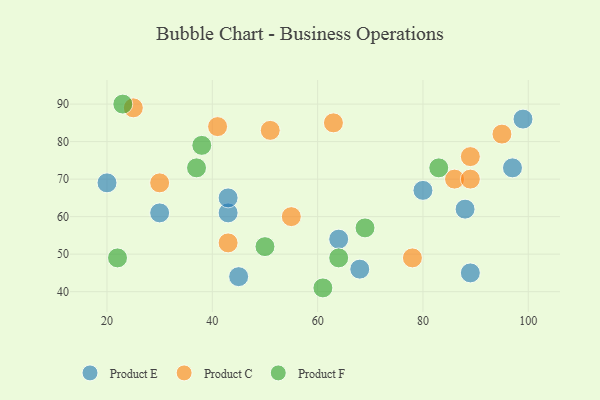
{"axis": {"x": "GDP", "y": "Life Expectancy"}, "legend": ["Product C", "Product E", "Product F"], "data": [{"x": "64", "y": 54, "type": "Product E"}, {"x": "99", "y": 86, "type": "Product E"}, {"x": "43", "y": 61, "type": "Product E"}, {"x": "20", "y": 69, "type": "Product E"}, {"x": "68", "y": 46, "type": "Product E"}, {"x": "80", "y": 67, "type": "Product E"}, {"x": "97", "y": 73, "type": "Product E"}, {"x": "88", "y": 62, "type": "Product E"}, {"x": "89", "y": 45, "type": "Product E"}, {"x": "43", "y": 65, "type": "Product E"}, {"x": "30", "y": 61, "type": "Product E"}, {"x": "45", "y": 44, "type": "Product E"}, {"x": "41", "y": 84, "type": "Product C"}, {"x": "86", "y": 70, "type": "Product C"}, {"x": "63", "y": 85, "type": "Product C"}, {"x": "51", "y": 83, "type": "Product C"}, {"x": "78", "y": 49, "type": "Product C"}, {"x": "95", "y": 82, "type": "Product C"}, {"x": "30", "y": 69, "type": "Product C"}, {"x": "89", "y": 76, "type": "Product C"}, {"x": "25", "y": 89, "type": "Product C"}, {"x": "55", "y": 60, "type": "Product C"}, {"x": "43", "y": 53, "type": "Product C"}, {"x": "89", "y": 70, "type": "Product C"}, {"x": "37", "y": 73, "type": "Product F"}, {"x": "64", "y": 49, "type": "Product F"}, {"x": "61", "y": 41, "type": "Product F"}, {"x": "23", "y": 90, "type": "Product F"}, {"x": "83", "y": 73, "type": "Product F"}, {"x": "50", "y": 52, "type": "Product F"}, {"x": "38", "y": 79, "type": "Product F"}, {"x": "22", "y": 49, "type": "Product F"}, {"x": "69", "y": 57, "type": "Product F"}]}